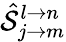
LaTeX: {\hat{\mathcal{S}}}_{j\rightarrow m}^{l\rightarrow n}